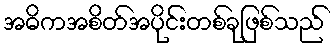
အဓိကအစိတ်အပိုင်းတစ်ခုဖြစ်သည်